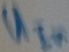
Text: UIn